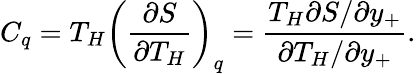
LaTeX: C_{q}=T_{H}\left(\frac{\partial S}{\partial T_{H}}\right)_{q}=\frac{T_{H}\partial S/\partial y_{+}}{\partial T_{H}/\partial y_{+}}.